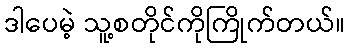
ဒါပေမဲ့ သူ့စတိုင်ကိုကြိုက်တယ်။